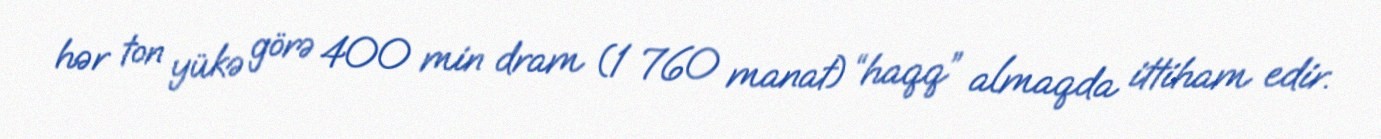
hər ton yükə görə 400 min dram (1 760 manat) “haqq” almaqda ittiham edir.